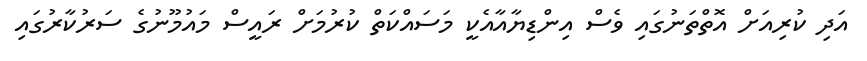
އަދި ކުރިއަށް އޮތްތަނުގައި ވެސް އިންޑިޔާއާއެކީ މަސައްކަތް ކުރުމަށް ރައީސް މައުމޫނުގެ ސަރުކާރުގައި